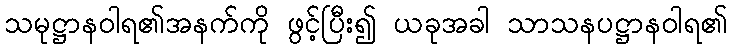
သမုဋ္ဌာနဝါရ၏အနက်ကို ဖွင့်ပြီး၍ ယခုအခါ သာသနပဋ္ဌာနဝါရ၏